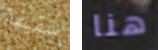
سقيفة هنا